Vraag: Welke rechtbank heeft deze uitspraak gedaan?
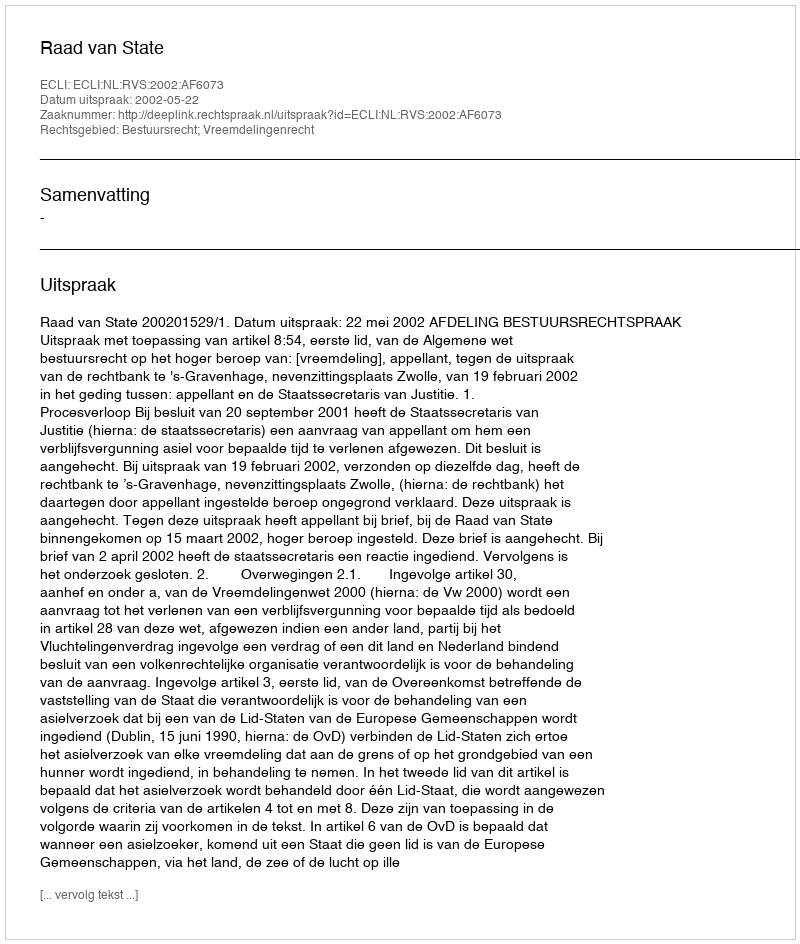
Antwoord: Raad van State